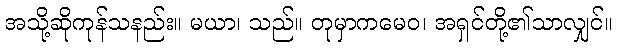
အသို့ဆိုကုန်သနည်း။ မယာ၊ သည်။ တုမှာကမေဝ၊ အရှင်တို့၏သာလျှင်။